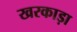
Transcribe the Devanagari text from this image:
खरकाड़ा